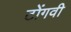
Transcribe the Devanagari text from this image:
टोंगवी